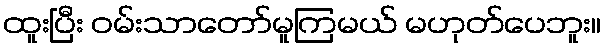
ထူးပြီး ဝမ်းသာတော်မူကြမယ် မဟုတ်ပေဘူး။